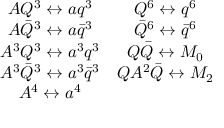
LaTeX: \begin{array} { c c } { { A Q ^ { 3 } \leftrightarrow a q ^ { 3 } } } & { { Q ^ { 6 } \leftrightarrow q ^ { 6 } } } \\ { { A \bar { Q } ^ { 3 } \leftrightarrow a \bar { q } ^ { 3 } } } & { { \bar { Q } ^ { 6 } \leftrightarrow \bar { q } ^ { 6 } } } \\ { { A ^ { 3 } Q ^ { 3 } \leftrightarrow a ^ { 3 } q ^ { 3 } } } & { { Q \bar { Q } \leftrightarrow M _ { 0 } } } \\ { { A ^ { 3 } \bar { Q } ^ { 3 } \leftrightarrow a ^ { 3 } \bar { q } ^ { 3 } } } & { { Q A ^ { 2 } \bar { Q } \leftrightarrow M _ { 2 } } } \\ { { A ^ { 4 } \leftrightarrow a ^ { 4 } } } & { { } } \end{array}